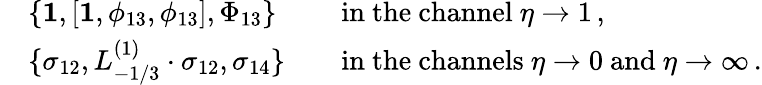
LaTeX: \begin{array}{rlrl}&{\{ \mathbf{1},[\mathbf{1},\phi_{13},\phi_{13}],\Phi_{13}\} }&&{\mathrm{in~the~channel~}\eta\to 1\, ,}\\ &{\{ \sigma_{12},L_{-1/3}^{(1)}\cdot\sigma_{12},\sigma_{14}\} }&&{\mathrm{in~the~channels~}\eta\to 0\mathrm{~and~}\eta\to\infty\, .}\end{array}